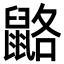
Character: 䶅